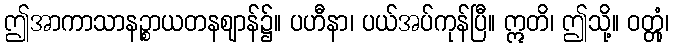
ဤအာကာသာနဉ္စာယတနဈာန်၌။ ပဟီနာ၊ ပယ်အပ်ကုန်ပြီ။ ဣတိ၊ ဤသို့။ ဝတ္တုံ၊